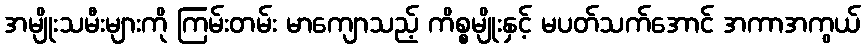
အမျိုးသမီးများကို ကြမ်းတမ်း မာကျောသည့် ကိစ္စမျိုးနှင့် မပတ်သက်အောင် အကာအကွယ်